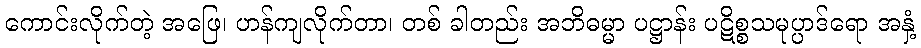
ကောင်းလိုက်တဲ့ အဖြေ၊ ဟန်ကျလိုက်တာ၊ တစ် ခါတည်း အဘိဓမ္မာ ပဋ္ဌာန်း ပဋိစ္စသမုပ္ပာဒ်ရော အနှံ့